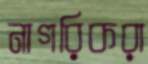
নাগরিকরা